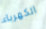
الكهرباء